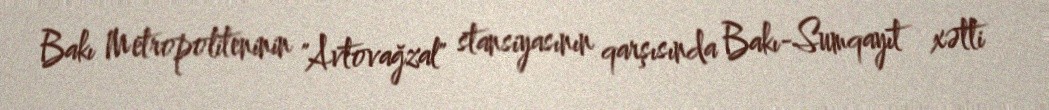
Bakı Metropoliteninin "Avtovağzal" stansiyasının qarşısında Bakı-Sumqayıt xətti